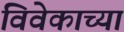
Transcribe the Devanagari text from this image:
विवेकाच्या